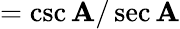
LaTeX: ={\csc\mathbf{A}/\sec\mathbf{A}}